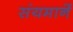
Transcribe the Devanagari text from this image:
संयमानें